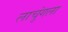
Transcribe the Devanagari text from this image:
लाचुंगला